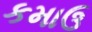
કમાઉ